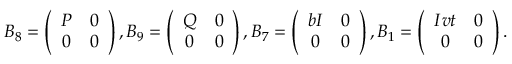
B _ { 8 } = \left( \begin{array} { c c } { { P } } & { { 0 } } \\ { { 0 } } & { { 0 } } \end{array} \right) , B _ { 9 } = \left( \begin{array} { c c } { { Q } } & { { 0 } } \\ { { 0 } } & { { 0 } } \end{array} \right) , B _ { 7 } = \left( \begin{array} { c c } { { b I } } & { { 0 } } \\ { { 0 } } & { { 0 } } \end{array} \right) , B _ { 1 } = \left( \begin{array} { c c } { { I v t } } & { { 0 } } \\ { { 0 } } & { { 0 } } \end{array} \right) .